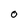
Character: O